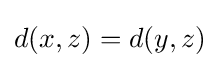
d(x,z)=d(y,z)